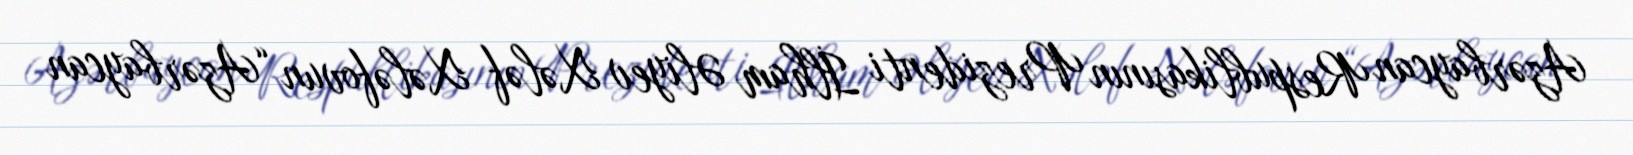
Azərbaycan Respublikasının Prezidenti İlham Əliyev Xələf Xələfovun “Azərbaycan